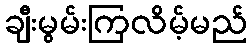
ချီးမွမ်းကြလိမ့်မည်